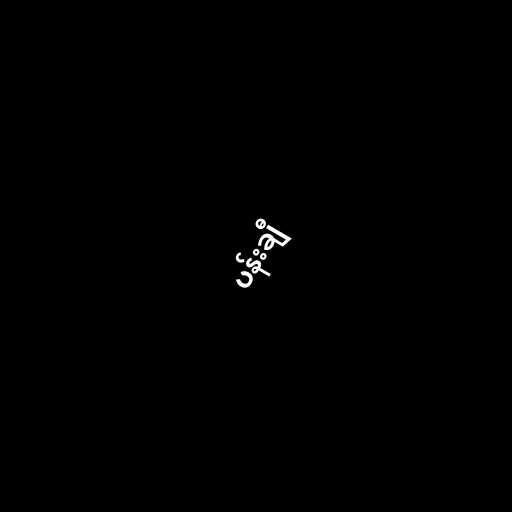
ပန်းချီ